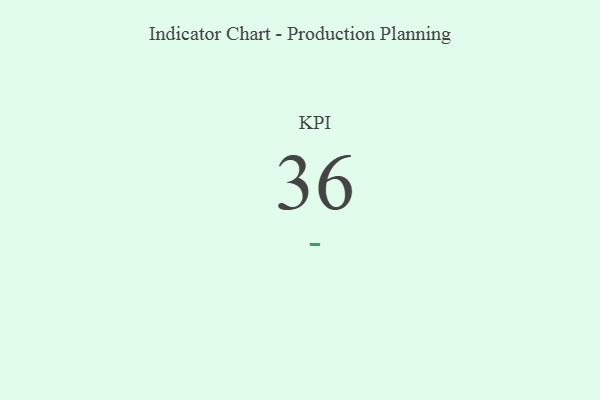
{"axis": {"x": "KPI", "y": "Value"}, "legend": [""], "data": [{"x": "KPI", "y": 36, "type": ""}]}